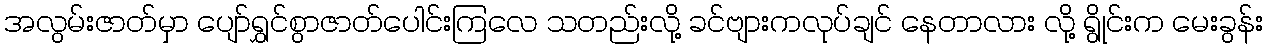
အလွမ်းဇာတ်မှာ ပျော်ရွှင်စွာဇာတ်ပေါင်းကြလေ သတည်းလို့ ခင်ဗျားကလုပ်ချင် နေတာလား လို့ ရွိုင်းက မေးခွန်း